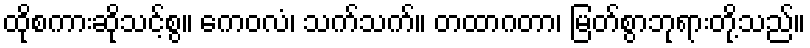
ထိုစကားဆိုသင့်စွ။ ကေဝလံ၊ သက်သက်။ တထာဂတာ၊ မြတ်စွာဘုရားတို့သည်။